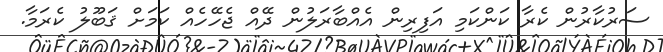
ސަރުކާރުން ކެރާ ކަންކަމި އަފިރިން އެއްބާރަލުން ދޭއް ޖެހޭހެއް ކަމަށް ޤަބޫލު ކެރަމާ.